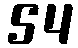
54